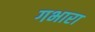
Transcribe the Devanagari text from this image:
गभारा